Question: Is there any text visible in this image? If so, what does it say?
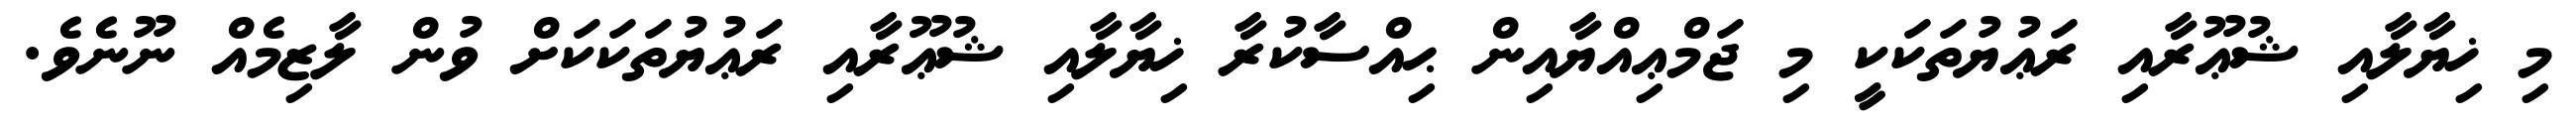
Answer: މި ޚިޔާލާއި ޝުޢޫރާއި ރަޢުޔުތަކަކީ މި ޖަމްޢިއްޔާއިން ޙިއްސާކުރާ ޚިޔާލާއި ޝުޢޫރާއި ރަޢުޔުތަކަކަށް ވުން ލާޒިމެއް ނޫނެވެ.